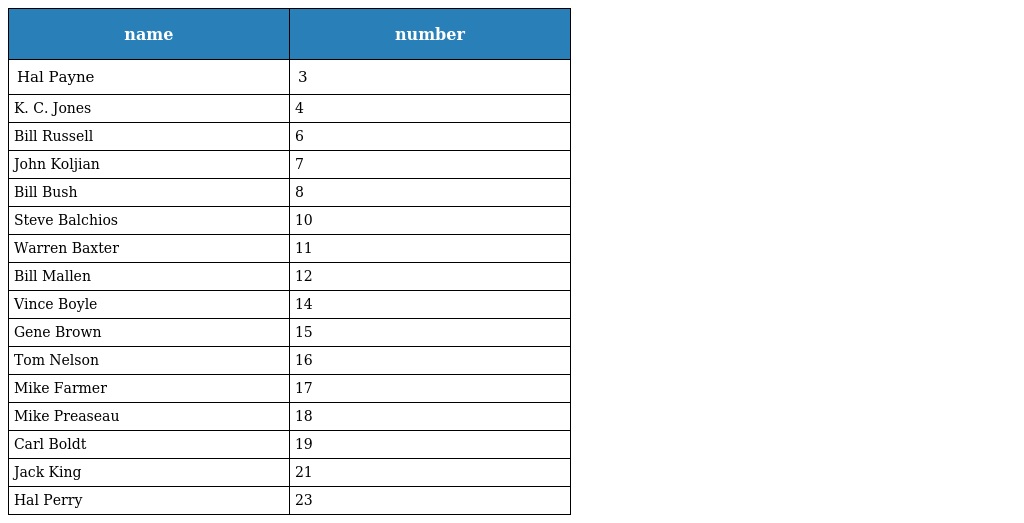
| name | number |
 | --- | --- |
 | Hal Payne | 3 |
 | K. C. Jones | 4 |
 | Bill Russell | 6 |
 | John Koljian | 7 |
 | Bill Bush | 8 |
 | Steve Balchios | 10 |
 | Warren Baxter | 11 |
 | Bill Mallen | 12 |
 | Vince Boyle | 14 |
 | Gene Brown | 15 |
 | Tom Nelson | 16 |
 | Mike Farmer | 17 |
 | Mike Preaseau | 18 |
 | Carl Boldt | 19 |
 | Jack King | 21 |
 | Hal Perry | 23 |